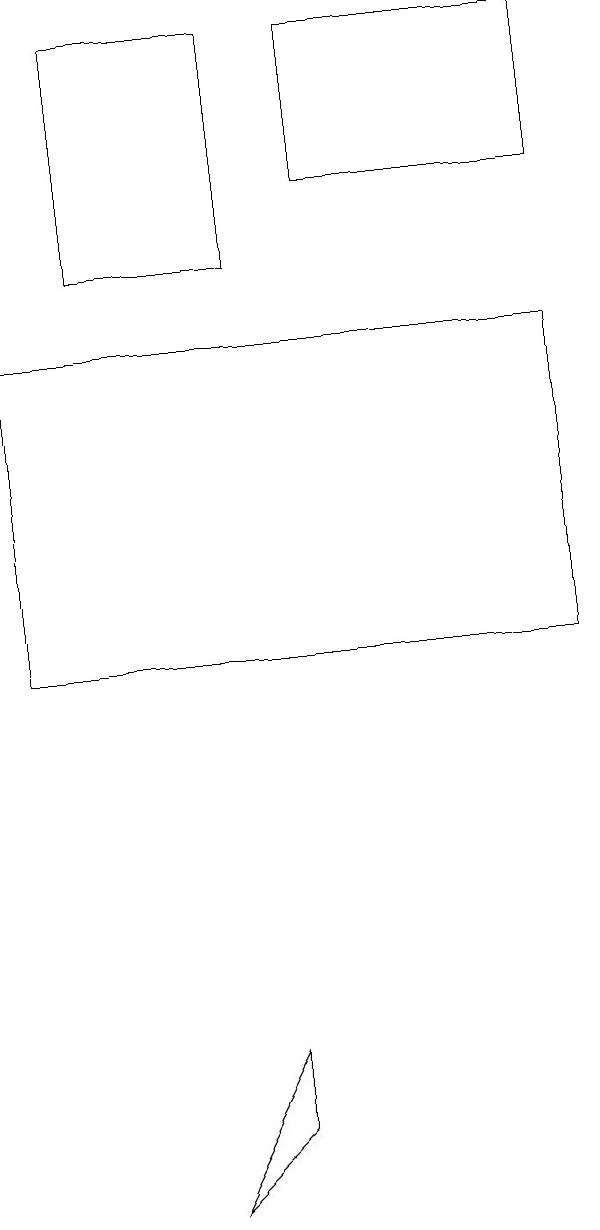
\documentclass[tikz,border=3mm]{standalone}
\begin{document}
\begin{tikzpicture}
\draw (4,3) -- (5,5) -- (5,4) -- cycle;
\draw (3,15) rectangle (5,18);
\draw (9,10) rectangle (2,14);
\draw (9,16) rectangle (6,18);
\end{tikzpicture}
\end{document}